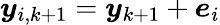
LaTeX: \boldsymbol{y}_{i,k+1}=\boldsymbol{y}_{k+1}+\boldsymbol{e}_{i}